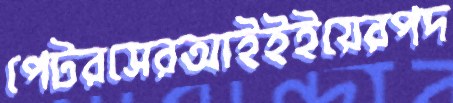
পেটরসেরআইইইয়েরপদ